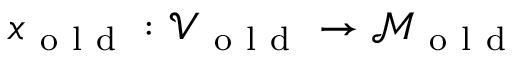
x _ { \mathrm { ~ o ~ l ~ d ~ } } : \mathcal { V } _ { \mathrm { ~ o ~ l ~ d ~ } } \to \mathcal { M } _ { \mathrm { ~ o ~ l ~ d ~ } }